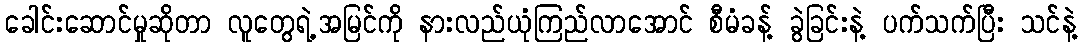
ခေါင်းဆောင်မှုဆိုတာ လူတွေရဲ့အမြင်ကို နားလည်ယုံကြည်လာအောင် စီမံခန့် ခွဲခြင်းနဲ့ ပက်သက်ပြီး သင်နဲ့